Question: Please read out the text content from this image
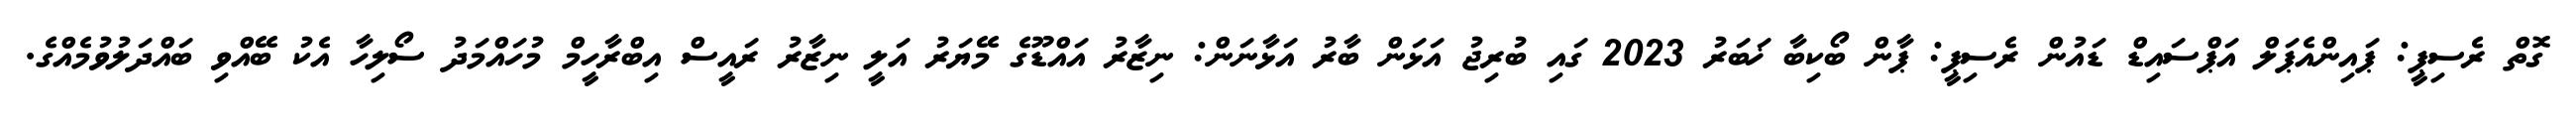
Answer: ގޮތް ރެސިޕީ: ޕައިންއެޕަލް އަޕްސައިޑް ޑައުން ރެސިޕީ: ޕާން ބޯކިބާ ޚަބަރު 2023 ގައި ބުރިޖު އަޅަން ބާރު އަޅާނަން: ނިޒާރު އައްޑޫގެ މޭޔަރު އަލީ ނިޒާރު ރައީސް އިބްރާހީމް މުހައްމަދު ސޯލިހާ އެކު ބޭއްވި ބައްދަލުވުމެއްގެ.